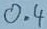
Text: 0.4